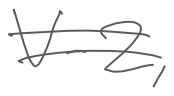
Text: V-2,
Cross-out: double-line
Writing tool: digital_gray